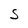
Character: S